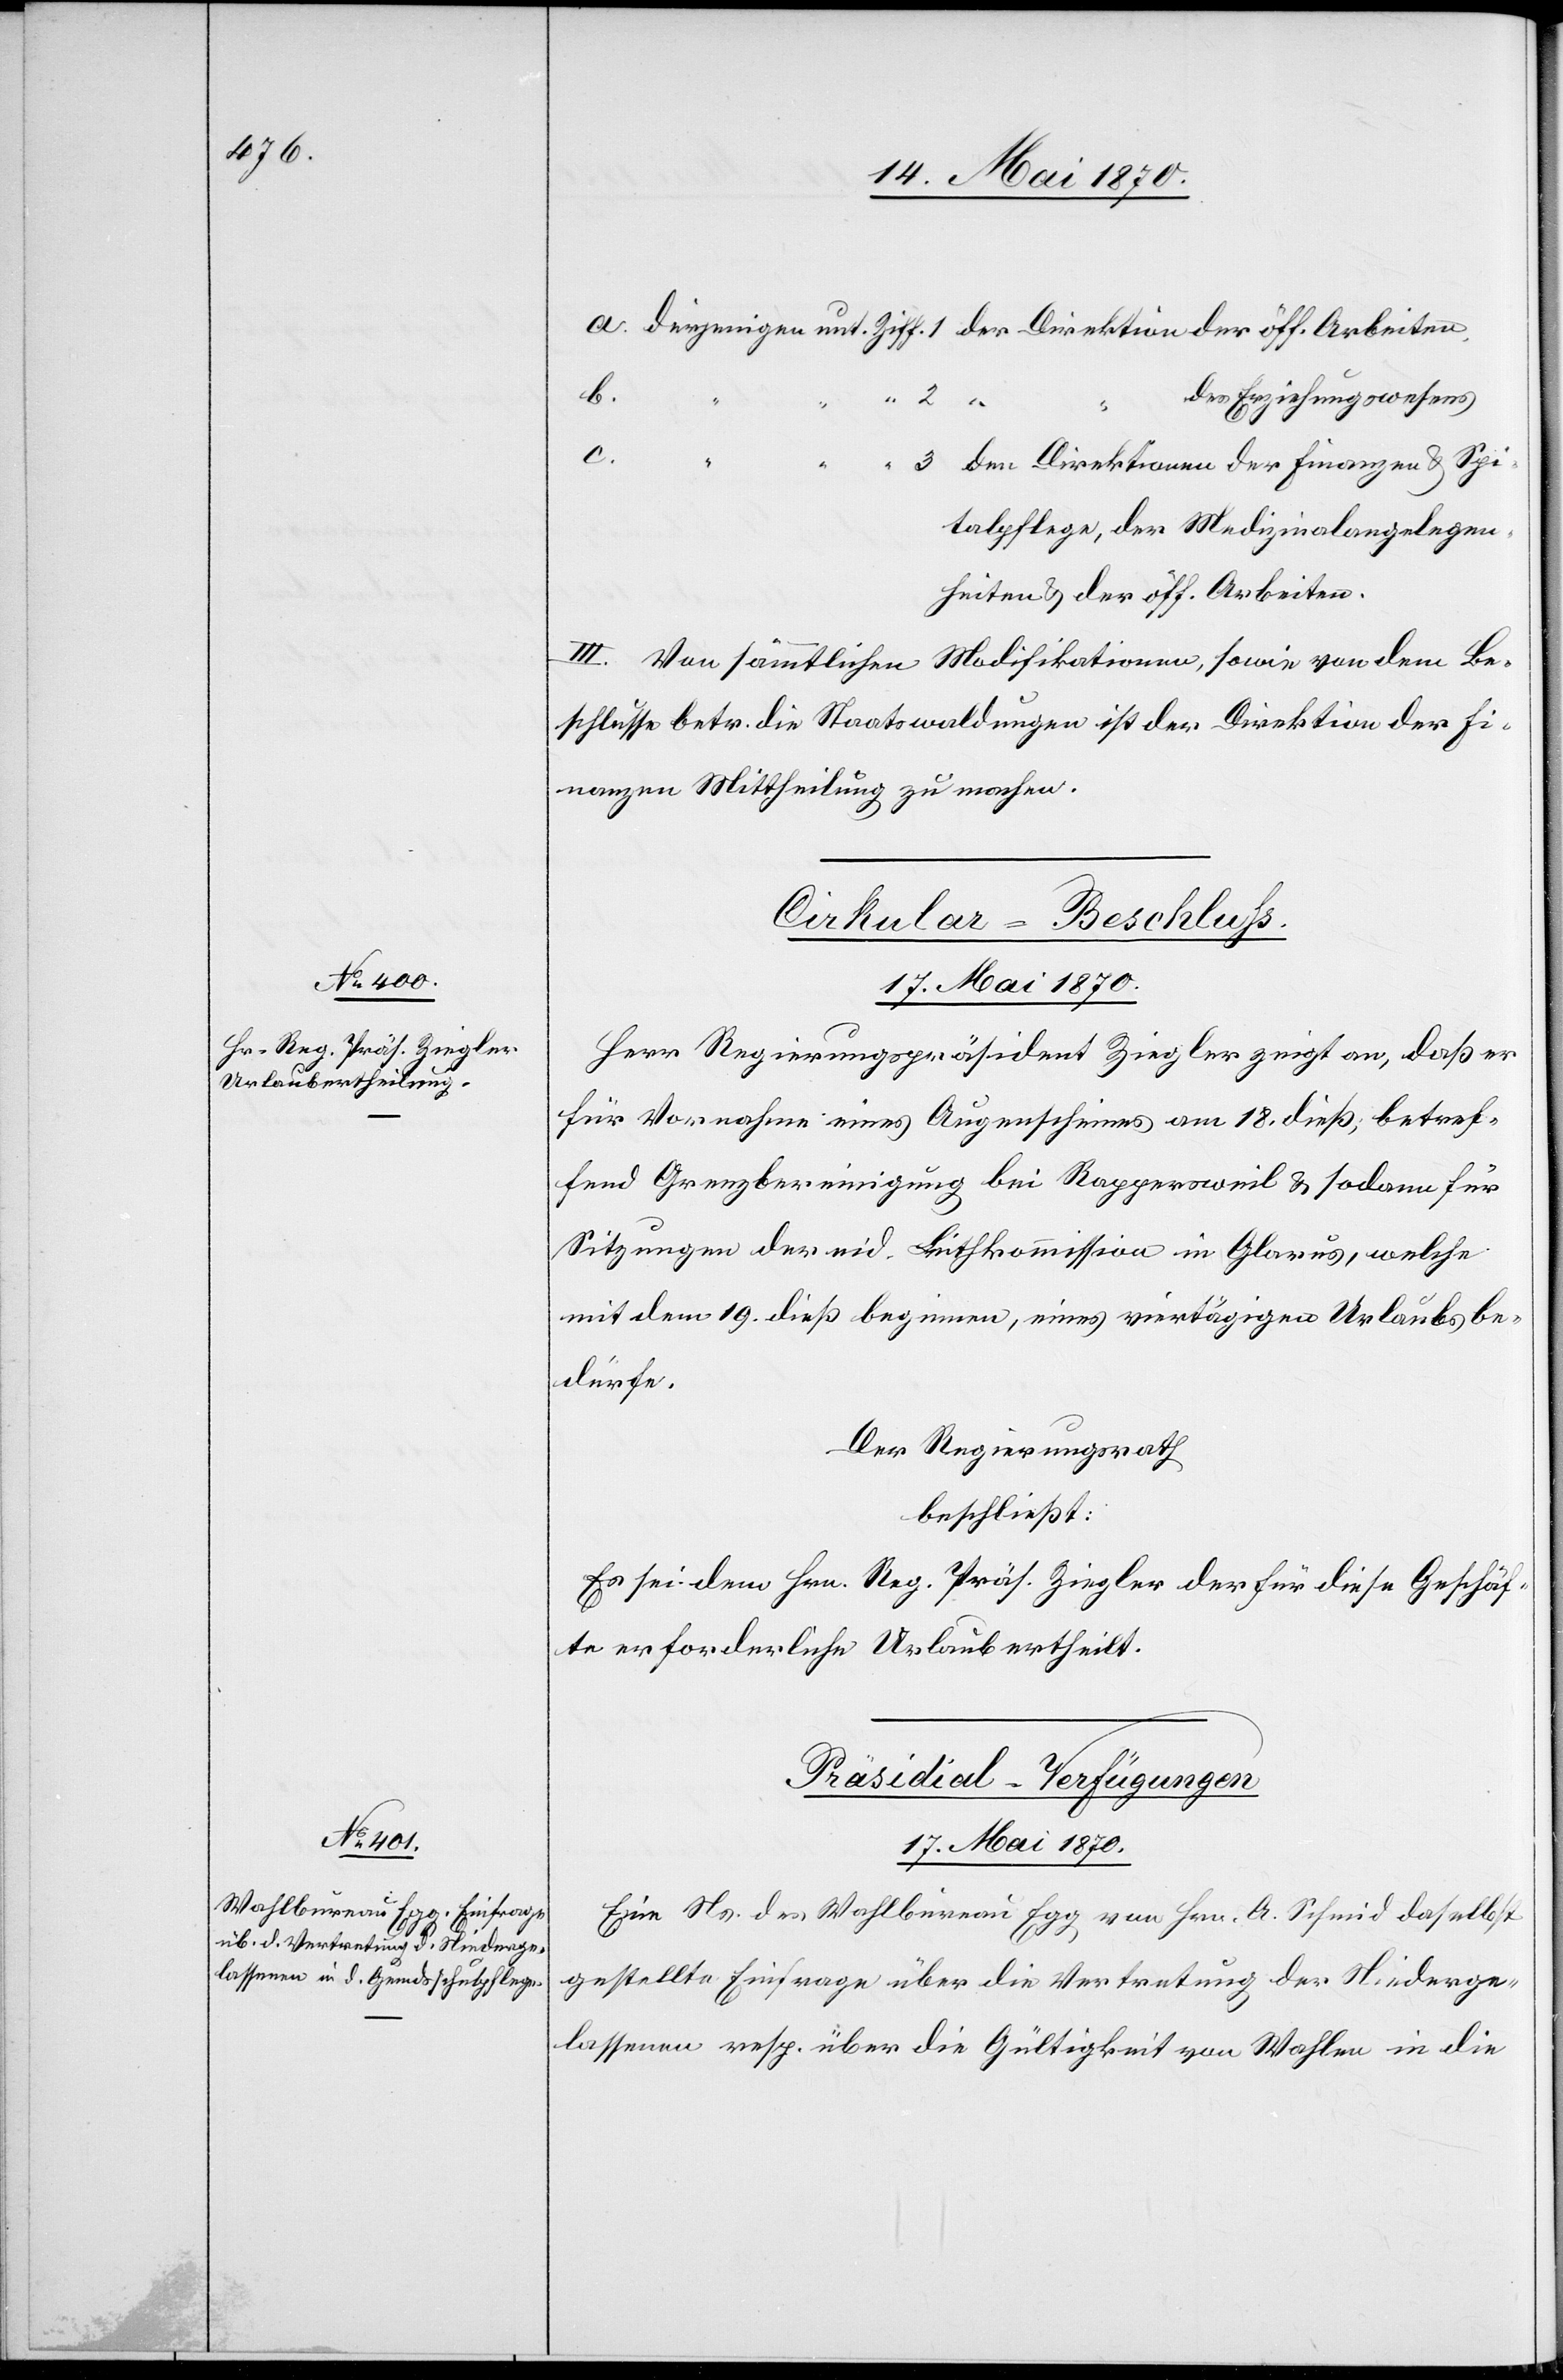
a. derjenigen unt. Ziff. 1 der Direktion der öff. Arbeiten
b.
des Erziehungswesens
c.
3 den Direktionen der Finanzen & Spi¬
talpflege, der Medizinalangelegen¬
heiten & der öff. Arbeiten.
III. Von sämmtlichen Modifikationen, sowie von dem Be¬
schlusse betr. die Staatswaldungen ist der Direktion der Fi¬
nanzen Mittheilung zu machen.
Cirkular-Beschluß.
17. Mai 1870.
Herr Regierungspräsident Ziegler zeigt an, daß er
für Vornahme eines Augenscheines am 18. dieß, betref¬
fend Grenzbereinigung bei Rappersweil & sodann für
Sitzungen der eid. Linthkommission in Glarus, welche
mit dem 19. dieß beginnen, eines viertägigen Urlaubs be¬
dürfe.
Der Regierungsrath
beschließt:
Es sei dem Hrn. Reg. Präs. Ziegler der für diese Geschäf¬
te erforderliche Urlaub ertheilt.
Präsidial-Verfügungen.
17. Mai 1870.
Ein Ns. des Wahlbureau Egg von Hrn. A. Schmid daselbst
gestellte Einfrage über die Vertretung der Niederge¬
lassenen resp. über die Gültigkeit von Wahlen in die